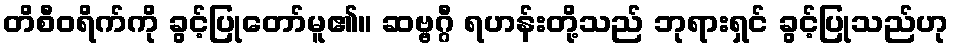
တိစီဝရိက်ကို ခွင့်ပြုတော်မူ၏။ ဆဗ္ဗဂ္ဂီ ရဟန်းတို့သည် ဘုရားရှင် ခွင့်ပြုသည်ဟု